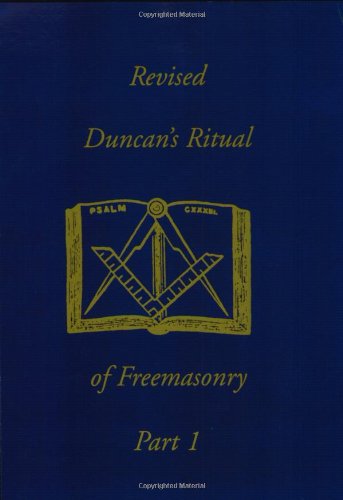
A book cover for Revised Duncan's Ritual Part 1; Malcolm C. Duncan; Religion & Spirituality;